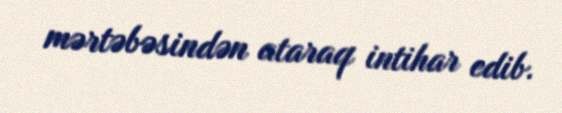
mərtəbəsindən ataraq intihar edib.